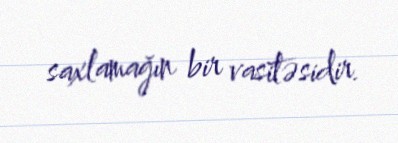
saxlamağın bir vasitəsidir.